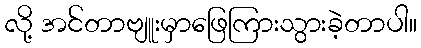
လို့ အင်တာဗျူးမှာဖြေကြားသွားခဲ့တာပါ။